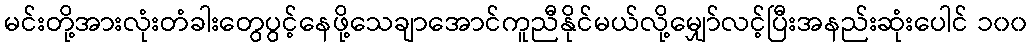
မင်းတို့အားလုံးတံခါးတွေပွင့်နေဖို့သေချာအောင်ကူညီနိုင်မယ်လို့မျှော်လင့်ပြီးအနည်းဆုံးပေါင် ၁၀၀